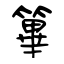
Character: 篳